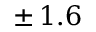
\pm \, 1 . 6